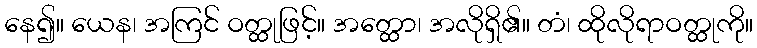
နေ၍။ ယေန၊ အကြင် ဝတ္ထုဖြင့်။ အတ္ထော၊ အလိုရှိ၏။ တံ၊ ထိုလိုရာဝတ္ထုကို။